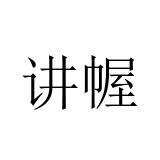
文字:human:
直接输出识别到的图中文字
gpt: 讲幄